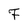
Character: F